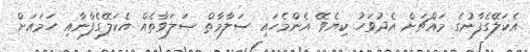
އެކަލޭގެފާނުގެ މައްޗަށް އެދުވަހު ކިޔެވޭ އެންމެހައި ސަލާމާތް ޞަލަވާތެއް އެކަލޭގެފާނާއި ހަމައަށް